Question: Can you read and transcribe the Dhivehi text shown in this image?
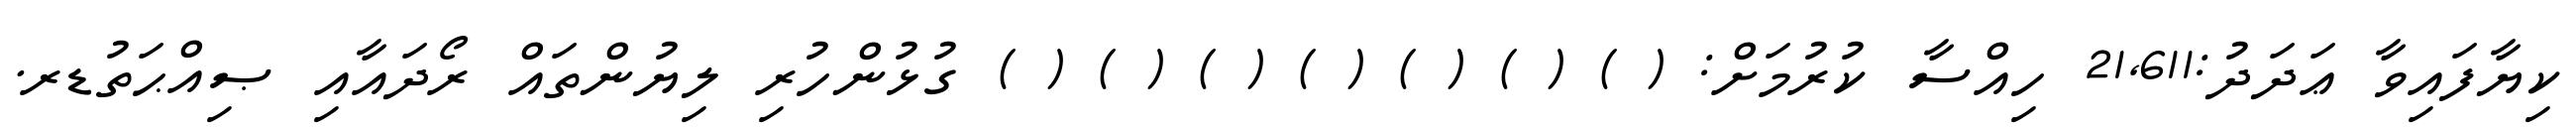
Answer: ކިޔާފައިވާ ޢަދަދު:21,611 ހިއްސާ ކުރުމަށް: ( ) ( ) ( ) ( ) ( ) ( ) ( ) ގުޅުންހުރި ލިޔުންތައް ރޯދައާއި ޞިއްޙަތުޑރ.